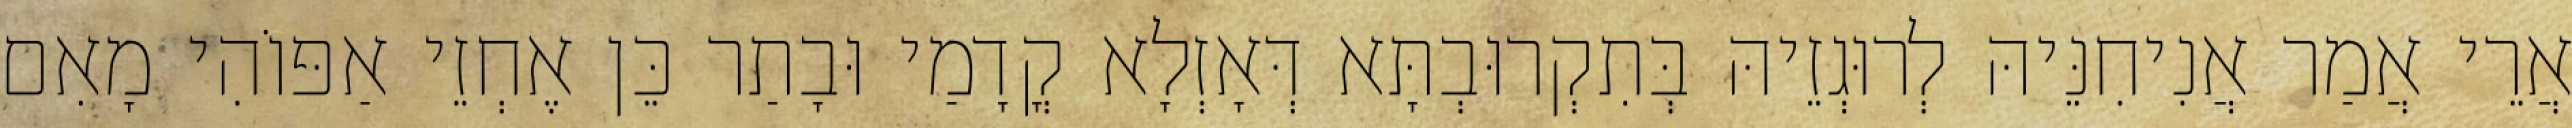
אֲרֵי אֲמַר אֲנִיחִנֵּיהּ לְרוּגְזֵיהּ בְּתִקְרוּבְתָּא דְּאָזְלָא קֳדָמַי וּבָתַר כֵּן אֶחְזֵי אַפּוֹהִי מָאִם